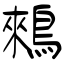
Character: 鶆